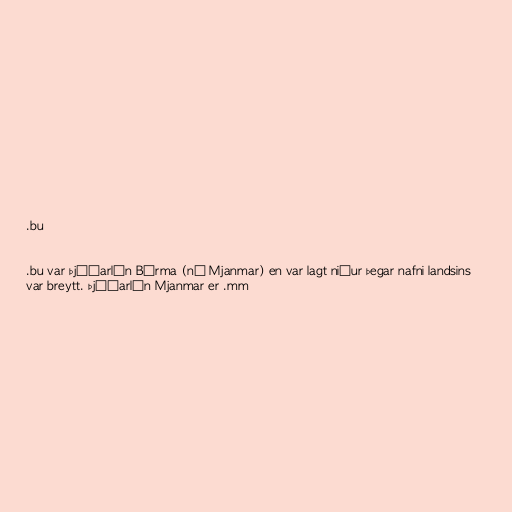
.bu

.bu var þjóðarlén Búrma (nú Mjanmar) en var lagt niður þegar nafni landsins
var breytt. Þjóðarlén Mjanmar er .mm